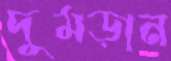
দুমড়ান